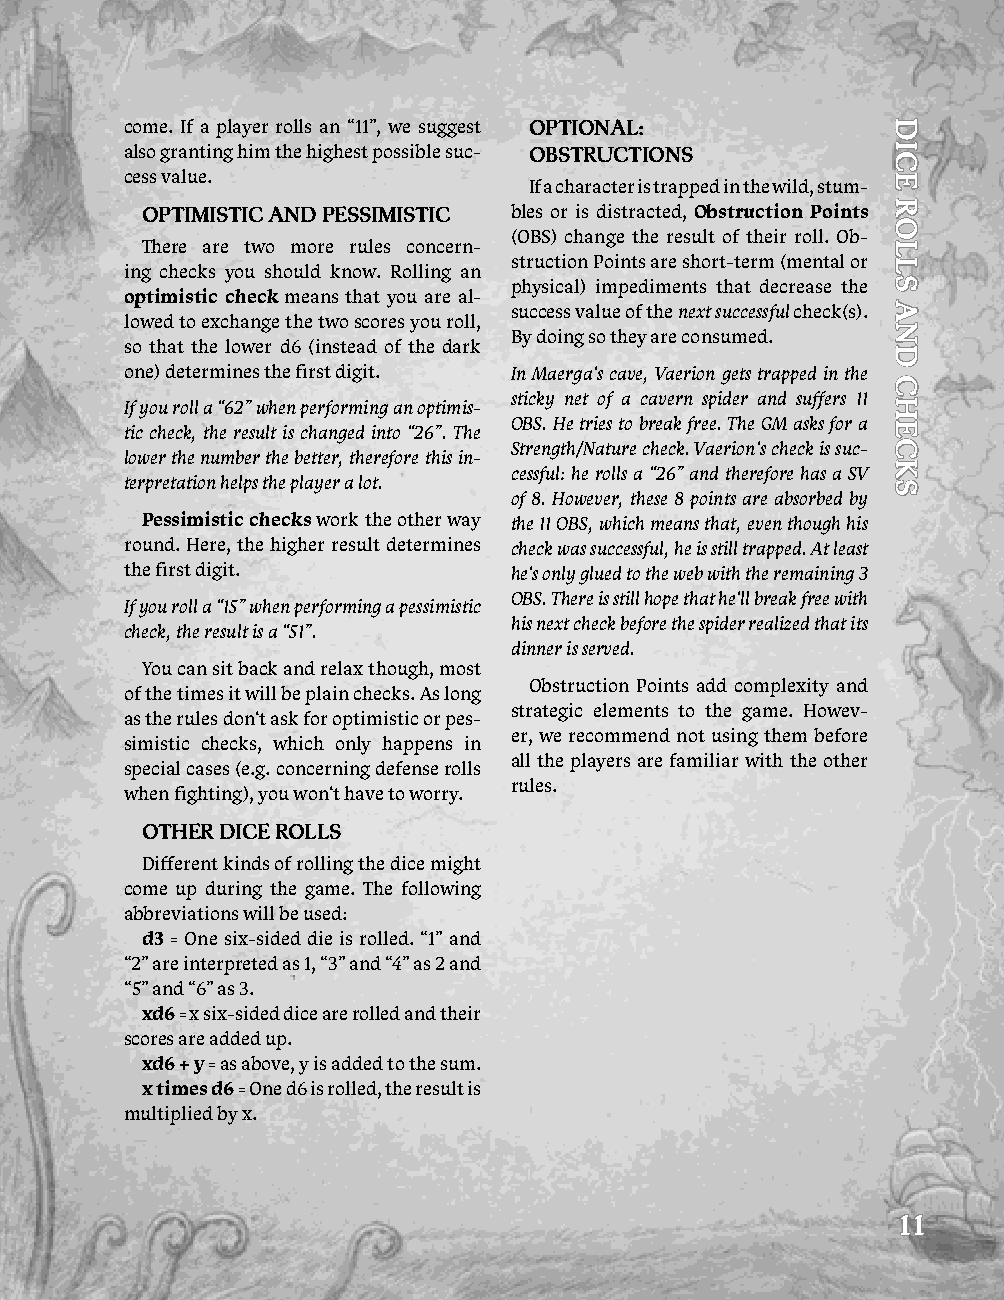
come. If a player rolls an “11”, we suggest OPTiONal:
 also granting him the highest possible suc- OBSTruCTiONS
 cess value.
 If a character is trapped in the wild, stum-
 OPTimiSTiC aNd PESSimiSTiC bles or is distracted, Obstruction Points
 (OBS) change the result of their roll. Ob-
 There are two more rules concern-
 struction Points are short-term (mental or
 ing checks you should know. Rolling an
 physical) impediments that decrease the
 optimistic check means that you are al-
 success value of the next successful check(s).
 lowed to exchange the two scores you roll,
 By doing so they are consumed.
 so that the lower d6 (instead of the dark
 one) determines the first digit. In Maerga‘s cave, Vaerion gets trapped in the
 sticky net of a cavern spider and suffers 11
 If you roll a “62” when performing an optimis-
 OBS. He tries to break free. The GM asks for a
 tic check, the result is changed into “26”. The
 Strength/Nature check. Vaerion‘s check is suc-
 lower the number the better, therefore this in-
 cessful: he rolls a “26” and therefore has a SV
 terpretation helps the player a lot.
 of 8. However, these 8 points are absorbed by
 Pessimistic checks work the other way the 11 OBS, which means that, even though his
 round. Here, the higher result determines check was successful, he is still trapped. At least
 the first digit.          he‘s only glued to the web with the remaining 3
 OBS. There is still hope that he‘ll break free with
 If you roll a “15” when performing a pessimistic
 his next check before the spider realized that its
 check, the result is a “51”.
 dinner is served.
 You can sit back and relax though, most
 Obstruction Points add complexity and
 of the times it will be plain checks. As long
 strategic elements to the game. Howev-
 as the rules don‘t ask for optimistic or pes-
 er, we recommend not using them before
 simistic checks, which only happens in
 all the players are familiar with the other
 special cases (e.g. concerning defense rolls
 rules.
 when fighting), you won‘t have to worry.
 OThEr diCE rOllS
 Different kinds of rolling the dice might
 come up during the game. The following
 abbreviations will be used:
 d3 = One six-sided die is rolled. “1” and
 “2” are interpreted as 1, “3” and “4” as 2 and
 “5” and “6” as 3.
 xd6 = x six-sided dice are rolled and their
 scores are added up.
 xd6 + y = as above, y is added to the sum.
 x times d6 = One d6 is rolled, the result is
 multiplied by x.
 11
 diCE
 rOllS
 aNd
 ChECKS